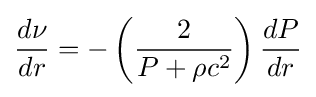
{\frac {d\nu }{dr}}=-\left({\frac {2}{P+\rho c^{2}}}\right){\frac {dP}{dr}}